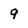
Character: 9